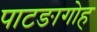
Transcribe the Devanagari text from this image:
पाटङागोह